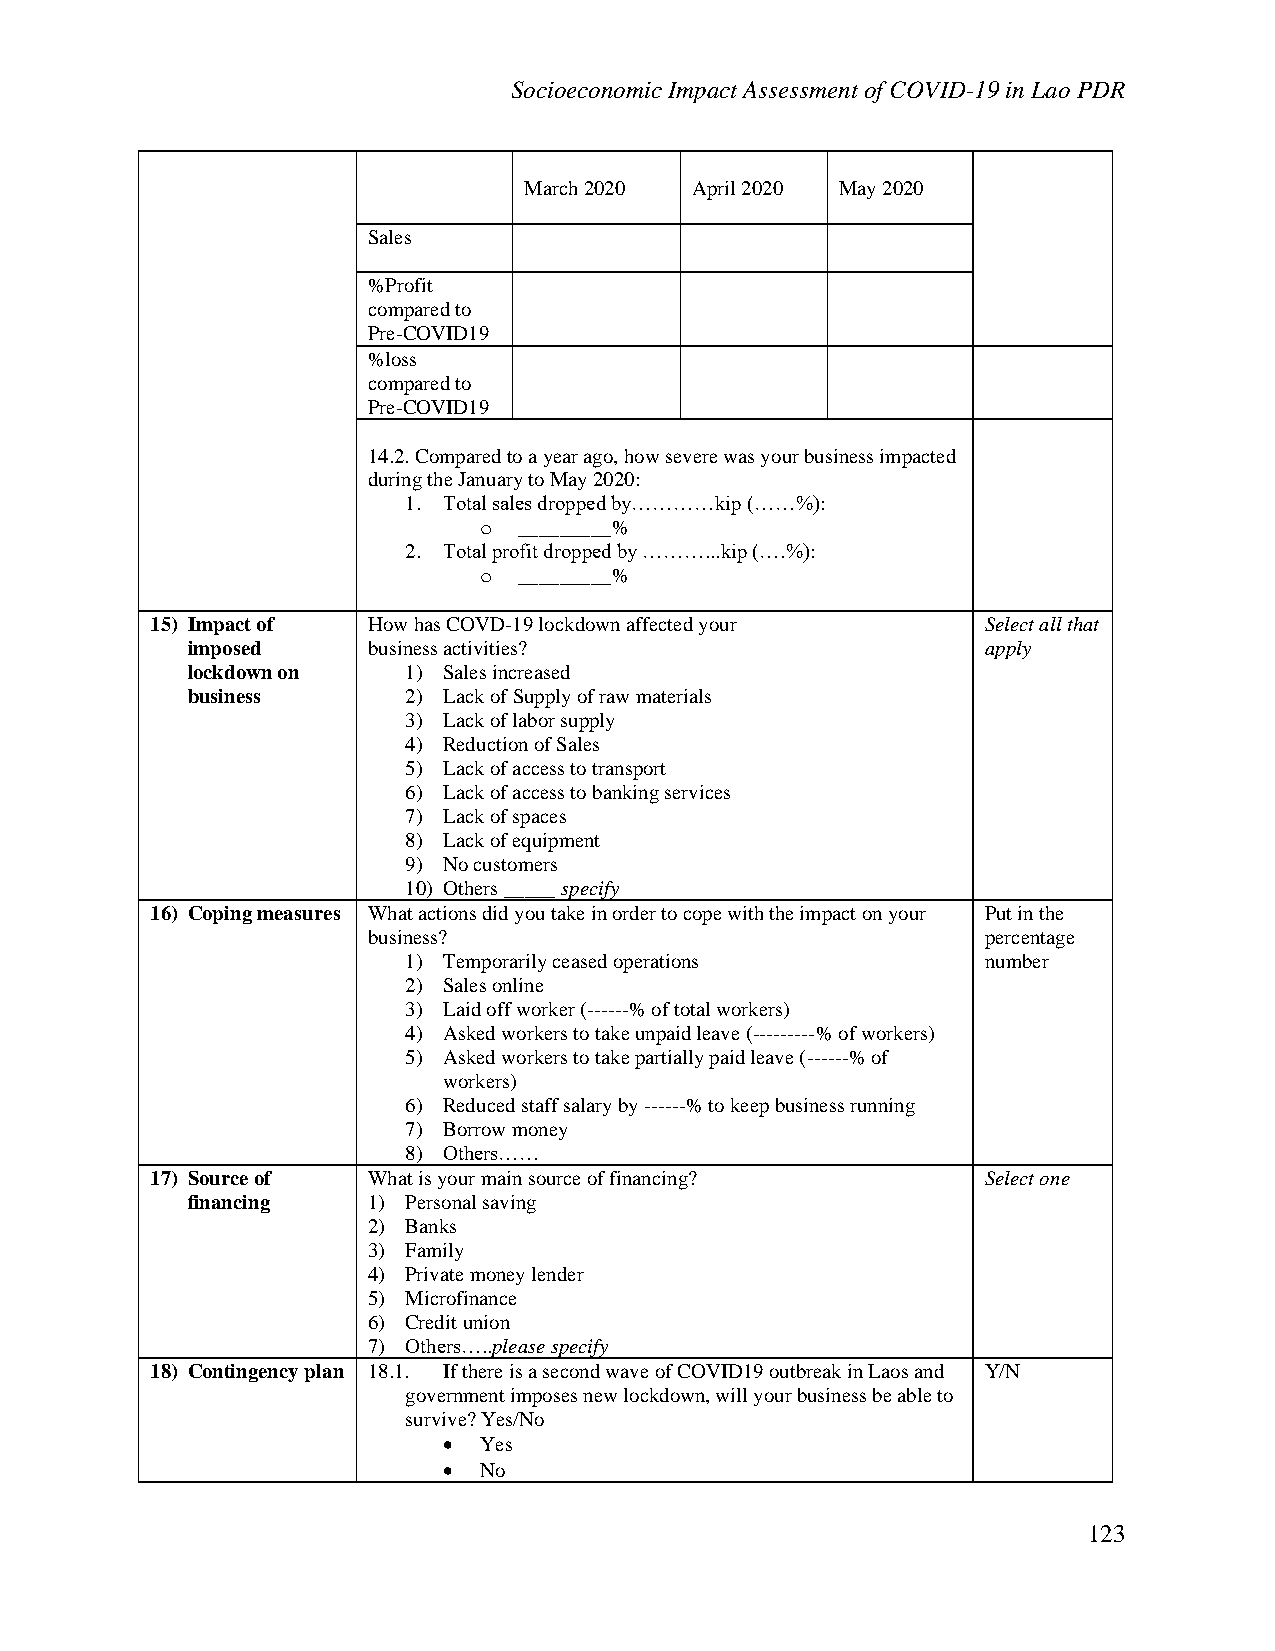
Socioeconomic Impact Assessment of COVID-19 in Lao PDR
 March 2020 April 2020 May 2020
 Sales
 %Profit
 compared to
 Pre-COVID19
 %loss
 compared to
 Pre-COVID19
 14.2. Compared to a year ago, how severe was your business impacted
 during the January to May 2020:
 1. Total sales dropped by…………kip (……%):
 o _________%
 2. Total profit dropped by ………...kip (….%):
 o _________%
 15) Impact of How has COVD-19 lockdown affected your   Select all that
 imposed     business activities?                     apply
 lockdown on    1) Sales increased
 business       2) Lack of Supply of raw materials
 3) Lack of labor supply
 4) Reduction of Sales
 5) Lack of access to transport
 6) Lack of access to banking services
 7) Lack of spaces
 8) Lack of equipment
 9) No customers
 10) Others _____ specify
 16) Coping measures What actions did you take in order to cope with the impact on your Put in the
 business?                                percentage
 1) Temporarily ceased operations      number
 2) Sales online
 3) Laid off worker (------% of total workers)
 4) Asked workers to take unpaid leave (---------% of workers)
 5) Asked workers to take partially paid leave (------% of
 workers)
 6) Reduced staff salary by ------% to keep business running
 7) Borrow money
 8) Others……
 17) Source of What is your main source of financing?   Select one
 financing   1) Personal saving
 2) Banks
 3) Family
 4) Private money lender
 5) Microfinance
 6) Credit union
 7) Others…..please specify
 18) Contingency plan 18.1. If there is a second wave of COVID19 outbreak in Laos and Y/N
 government imposes new lockdown, will your business be able to
 survive? Yes/No
 •  Yes
 •  No
 123